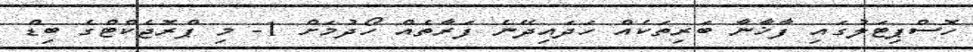
ހޮސްޕިޓަލުގައި ފާޚާނާ ބަރިތަކެއް ހަދައިދޭނެ ފަރާތެއް ހޯދުމަށް 1- މި ޕްރޮޖެކްޓްގެ ބިޑް